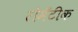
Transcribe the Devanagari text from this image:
रोमँटीक